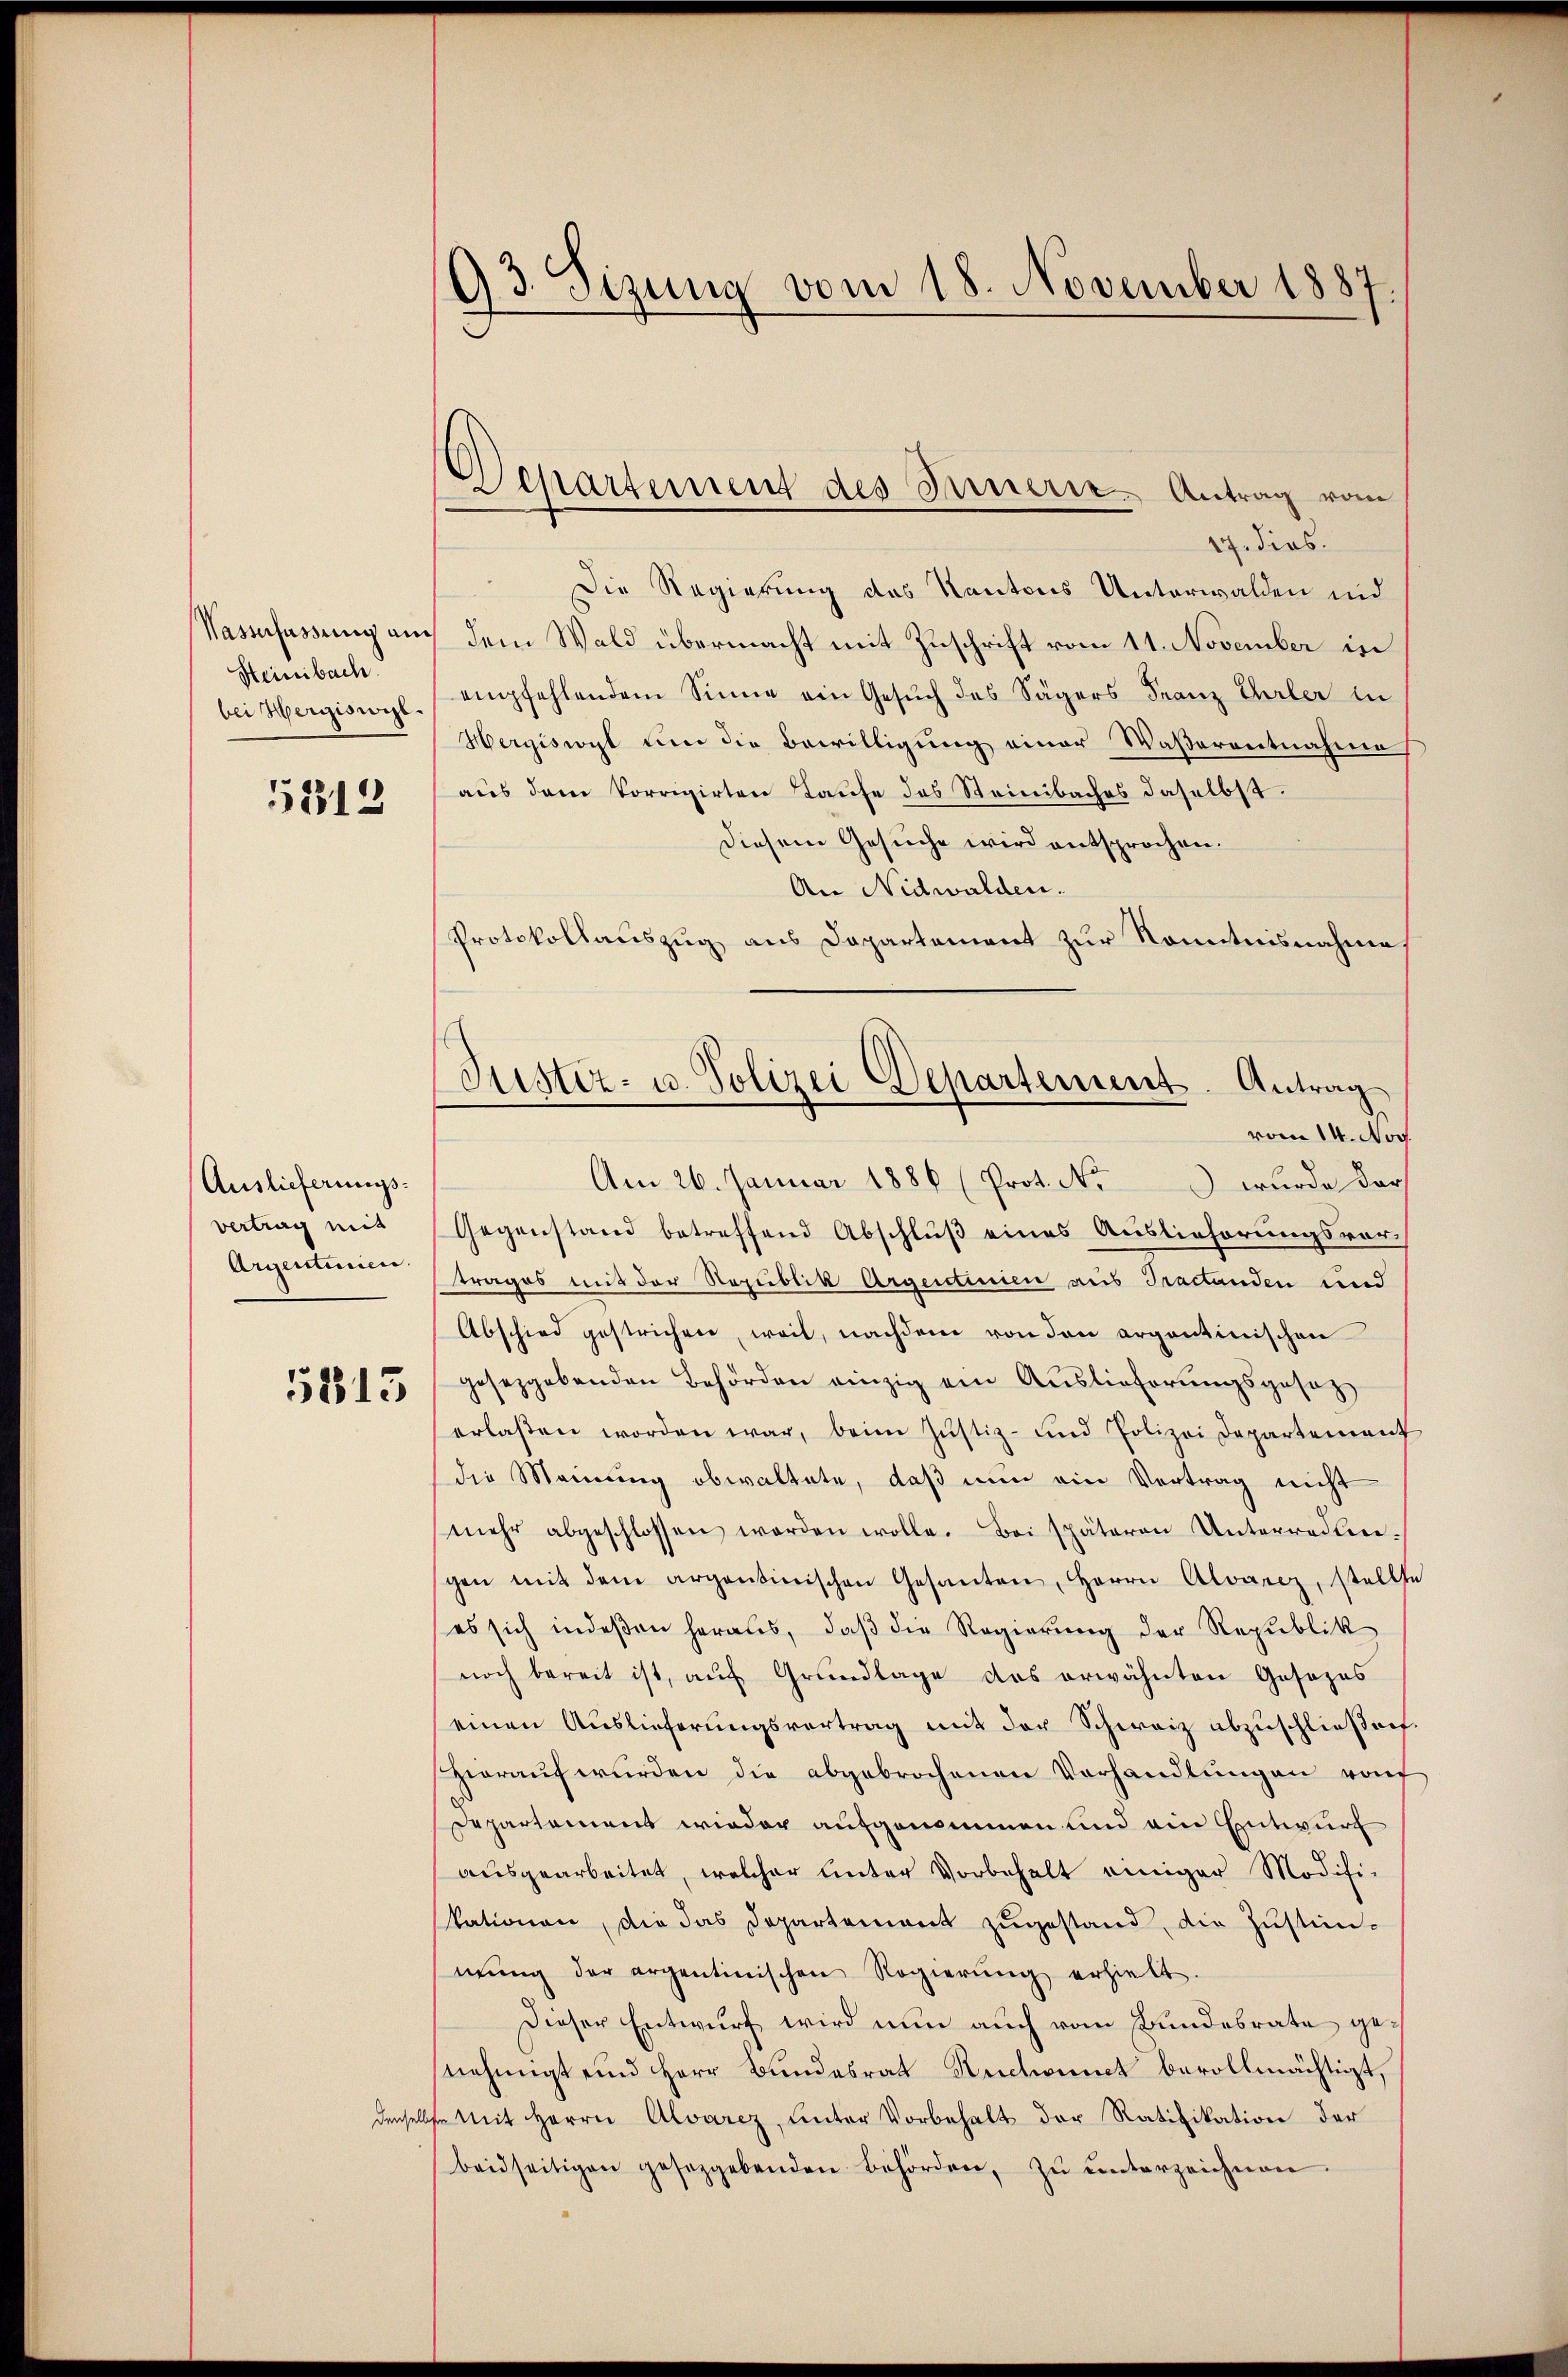
Wasserfassung an
Heinbach.
bei Hergiswil.

5312

Auslieferungs¬

5813

93. Sizung vom 18. November 1887.

Departement des Innern. Antrag vom

17. dies.
Die Regierung des Kantons Unterwalden und
 dem Wald übermacht mit Zuschrift vom 11. November in
empfehlendem Sinne ein Gesuch des Sägers Franz Ehrler in
Hergiswyl um die Bewilligung einer Waßerentnahme
aus dem Vorrigirten Taufe des Steinbaches daselbst.
diesem Gesuche wird entsprochen.
An Nidwalden.
Protokollauszug aus Dapartement zur Kenntnisnahme

Am 26. Januar 1886 (Prot. No wurde darf
vertrag mit Gegenstand betreffend Abschluß eines Auslieferungsvor¬
Argenderen trages mit der Republik Argentinien aus Tractanden und
Abschied gestrichen, weil, nachdem von den argontinischen
gesetzgebenden Behörden einzig ein Auslieferungsgesetz
erlassen worden war, beim Justiz- und Polizei Departement
die Meinung obwaltete, daß nun ein Vertrag nicht
mehr abgeschlossen worden wolle. Bei späteren Unterredlin-
gen mit dem argentinischen Gesanten, HHerrn Alvarez, stellte
es sich indeßen heraus, daß die Regierung der Republik
noch bereit ist, auf Grundlage des erwähnten Gesezes
einen Auslieferungsvertrag mit der Schweiz abzuschließorf.
Hieraŭf würden die abgebrochenen Verhandlŭngen vonf
Departement wieder aufgenommen und ein Entwurf
ausgearbeitet, welcher unter Vorbehalt einiger Modifi-
kationen, die das Departement zugestand, die Zustimmŭng der argentinischen Regierŭng erhielt.
Dieser Entwurf wird nun auch vom Bundesrate genehmigt und Herr Bundesrat Ruchounct bevollmächtigt,
denselbe Mit Herrn Alvarez, unter Vorbehalt der Ratifikation der
beidseitigen gesetzgebenden Behörden, zŭ ŭnterzeichnen.

Justiz- u. Polizei Departement. Antrag
vom 14. Nov.